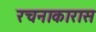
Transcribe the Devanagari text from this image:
रचनाकारास